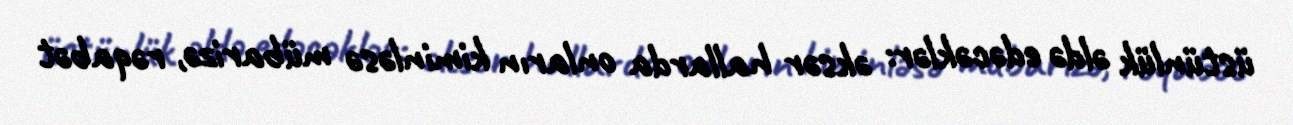
üstünlük əldə edəcəklər: əksər hallarda onların kiminləsə mübarizə, rəqabət